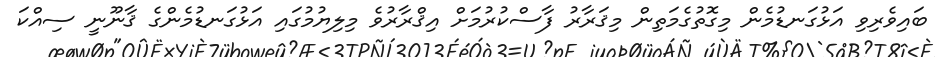
ބައިވެރިވި އަޅުގަނޑުމެން މިގޮތުގެމަތިން މިޤަރާރު ފާސްކުރުމަށް އިޤްރާރުވެ މިލިޔުމުގައި އަޅުގަނޑުމެންގެ ޤާނޫނީ ސިއްކަ